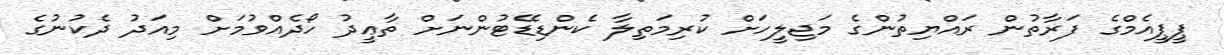
ޕީޕީއެމްގެ ފަރާތުން ރައްޔިތުންގެ މަޖިލީހަށް ކުރިމަތިލާ ކެންޑިޑޭޓުންނަށް ތާޢީދު ހޯދެއްވުމަށް މިއަދު ދެކުނުގެ